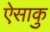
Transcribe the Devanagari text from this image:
ऐसाकु